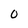
Character: 0